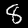
Label: 8